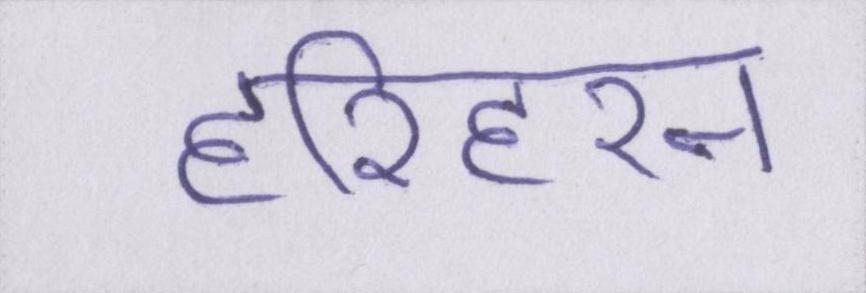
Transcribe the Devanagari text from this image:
हरिहरन